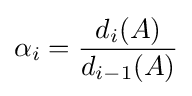
\alpha _{i}={\frac {d_{i}(A)}{d_{i-1}(A)}}